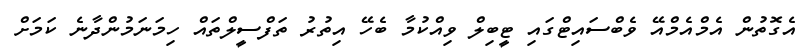
އެގޮތުން އެމްއެމްއޭ ވެބްސައިޓްގައި ޓީބިލް ވިއްކުމާ ބެހޭ އިތުރު ތަފްސީލްތައް ހިމަނަމުންދާނެ ކަމަށް